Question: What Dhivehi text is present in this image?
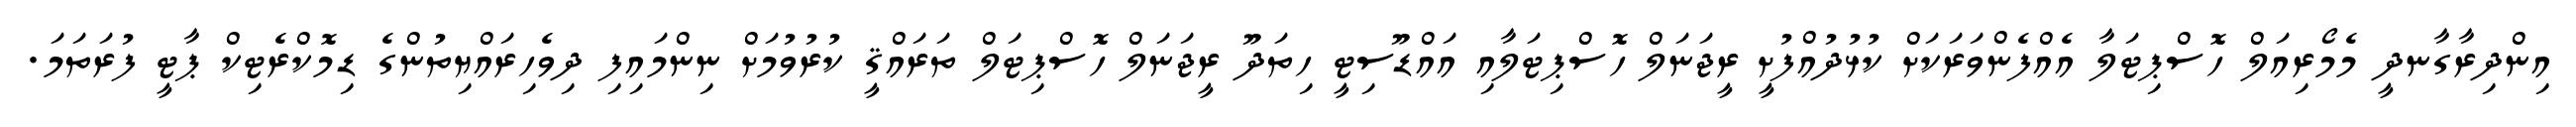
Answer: އިންދިރާގާނދީ މެމޯރިއަލް ހޮސްޕިޓަލާ އެއްފެންވަރަކަށް ކުޅުދުއްފުށީ ރީޖަނަލް ހޮސްޕިޓަލާއި އައްޑޫސިޓީ ހިތަދޫ ރީޖަނަލް ހޮސްޕިޓަލް ތަރައްޤީ ކުރުވުމަށް ނިންމައިފި ދިވެހިރައްޔިތުންގެ ޑިމޮކްރެޓިކް ޕާޓީ ފުރަތަމަ.